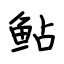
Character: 鲇